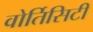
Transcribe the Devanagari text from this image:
वोर्तिसिटी